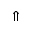
\Uparrow